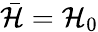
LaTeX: \bar{\mathcal{H}}=\mathcal{H}_{0}